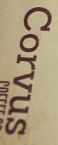
Corvus